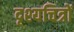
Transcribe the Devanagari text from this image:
दृश्यचित्रों